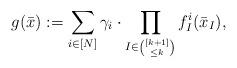
LaTeX: \begin{gather*} g(\bar{x}) := \sum_{i \in [N] } \gamma_i \cdot \prod_{I \in \binom{[k+1]}{\leq k}} f^i_I(\bar{x}_I), \end{gather*}